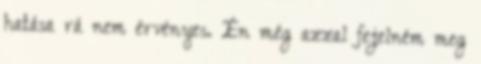
hatása rá nem érvényes. Én még azzal fejelném meg